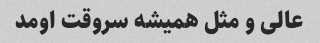
عالی و مثل همیشه سروقت اومد